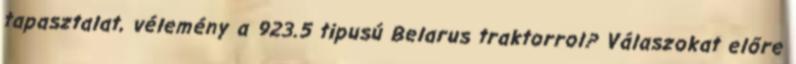
tapasztalat, vélemény a 923.5 tipusú Belarus traktorrol? Válaszokat előre